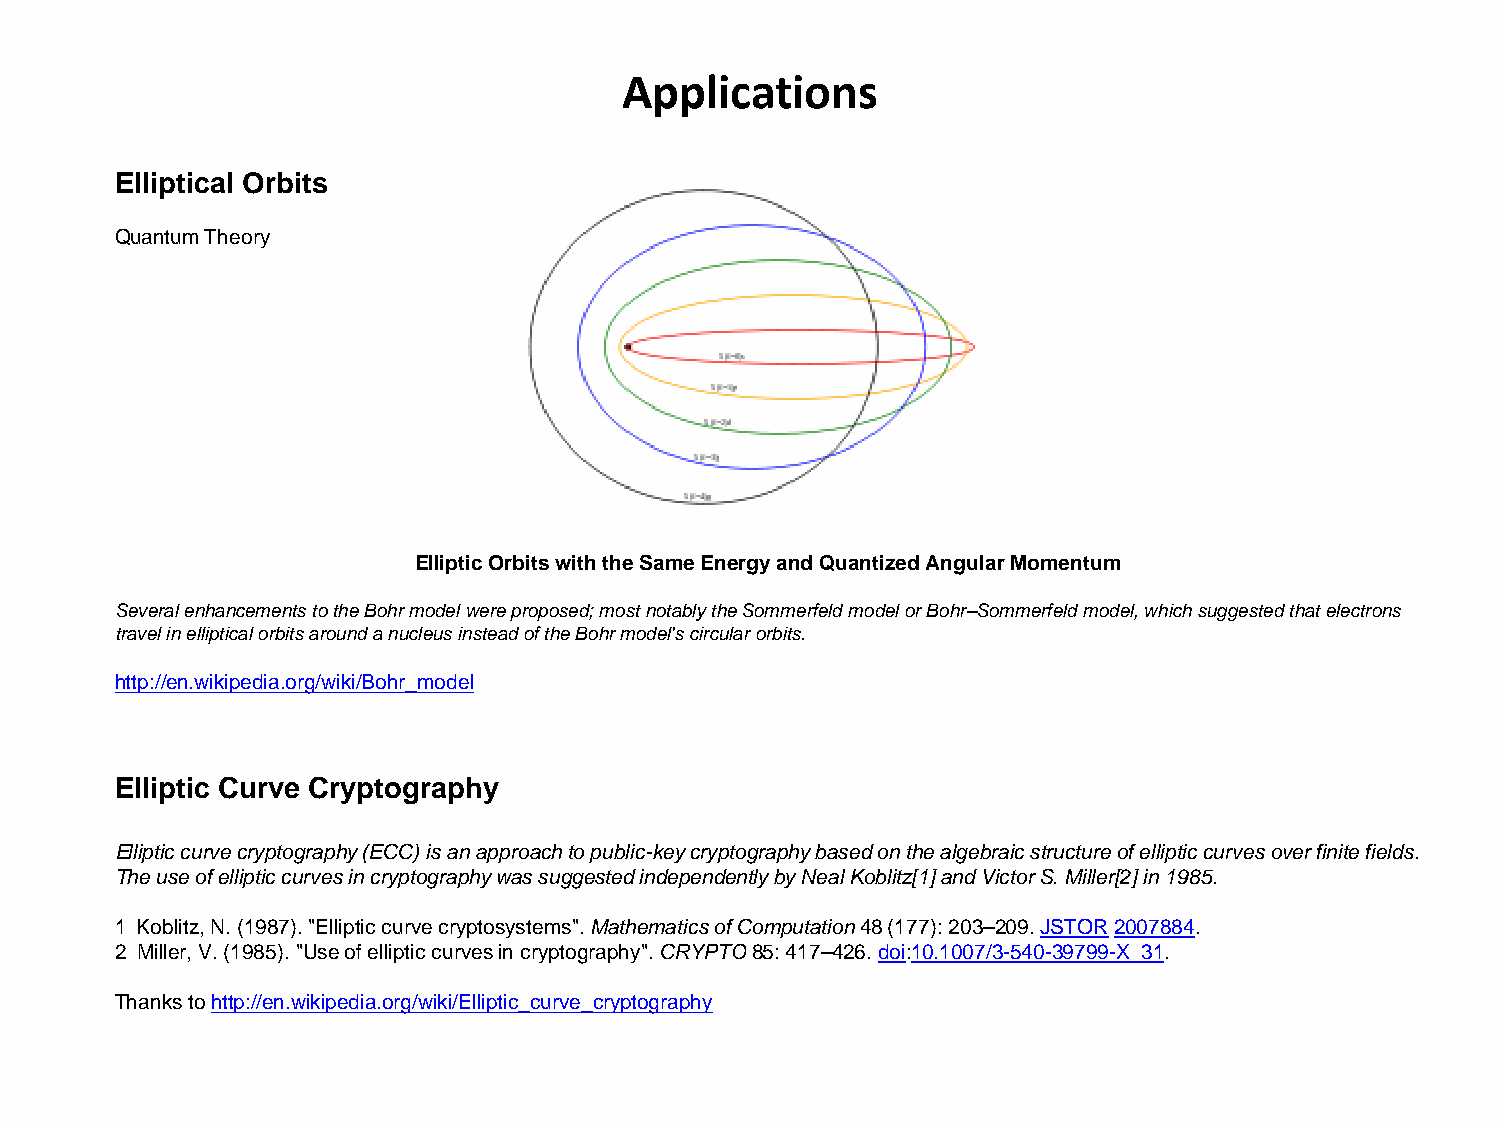
Applications
 Elliptical Orbits
 Quantum Theory
 Elliptic Orbits with the Same Energy and Quantized Angular Momentum
 Several enhancements to the Bohr model were proposed; most notably the Sommerfeld model or Bohr–Sommerfeld model, which suggested that electrons
 travel in elliptical orbits around a nucleus instead of the Bohr model's circular orbits.
 http://en.wikipedia.org/wiki/Bohr_model
 Elliptic Curve Cryptography
 Elliptic curve cryptography (ECC) is an approach to public-key cryptography based on the algebraic structure of elliptic curves over finite fields.
 The use of elliptic curves in cryptography was suggested independently by Neal Koblitz[1] and Victor S. Miller[2] in 1985.
 1 Koblitz, N. (1987). "Elliptic curve cryptosystems". Mathematics of Computation 48 (177): 203–209. JSTOR 2007884.
 2 Miller, V. (1985). "Use of elliptic curves in cryptography". CRYPTO 85: 417–426. doi:10.1007/3-540-39799-X_31.
 Thanks to http://en.wikipedia.org/wiki/Elliptic_curve_cryptography